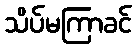
သိပ်မကြာခင်